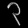
Digit: ၃